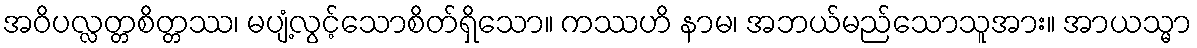
အဝိပလ္လတ္တစိတ္တဿ၊ မပျံ့လွင့်သောစိတ်ရှိသော။ ကဿဟိ နာမ၊ အဘယ်မည်သောသူအား။ အာယသ္မာ